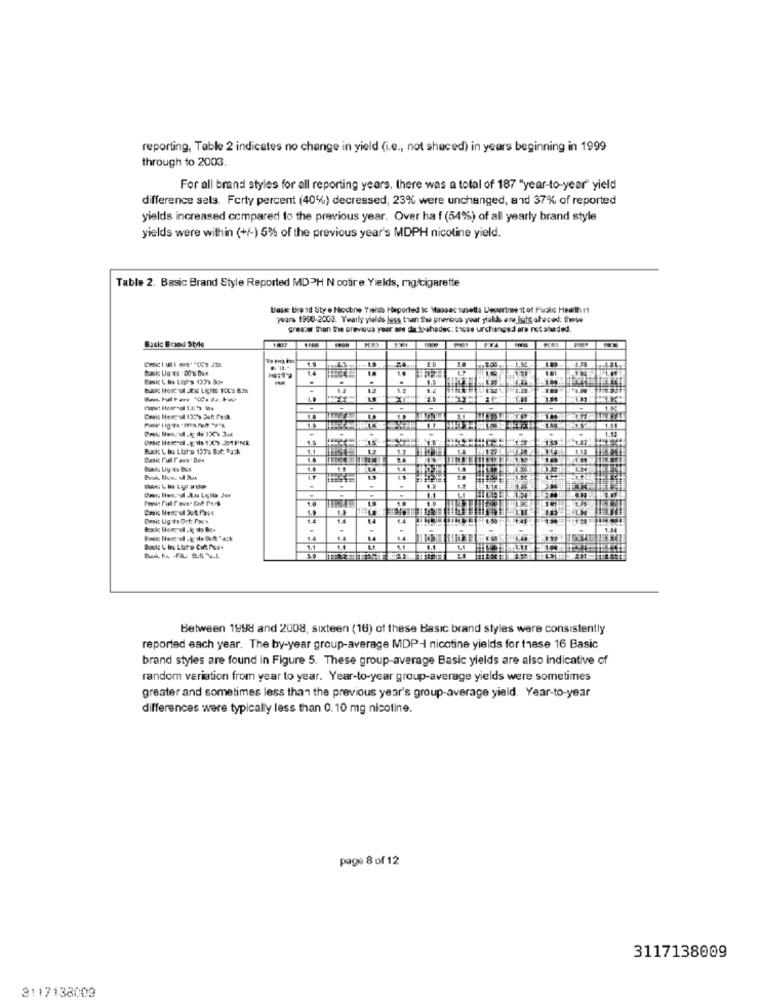
reporting, Table 2 indicates no change in yield (i.e ., not shaced) in years beginning in 1999
through to 2003.
For all brand styles for all reporting years, there was a total of 187 "year-to-year" yield
difference sela. Forty percent (40%) decreased, 23% were unchanged, and 37% of reported
yields increased compared to the previous year. Over ha f (54%) of all yearly brand style
yields were within (+/-) 5% of the previous year's MDPH nicotine yield.
Table 2. Basic Brand Style Reported MDPH N cotire Yields, mig/cigarette
Bask Brand Sty . Niccone Yields Heported to Massac sasett: Deperinee it of Public Health 11
years 1988-2003. Yearly yields less than the previous year yields are Ight-stecod: fww
greatw than the previous year are dla Spahadec: those unchanged are not shaded.
Basic Brand Style
1.4
-
14
Back L in Lots 137's Spr; Rack
11
Basic Full Fave Dew
4.1
Between 1998 and 2008, sixteen (16) of these Basic brand styles were consistently
reported each year. The by-year group-average MDP-I nicotine yields for these 16 Basic
brand styles are found in Figure 5. These group-average Basic yields are also indicative of
random variation from year to year. Year-to-year group-average yields were sometimes
greater and sometimes less than the previous year's group-average yield. Year-to-year
differences were typically less than 0.10 mg nicotine.
page 8 of 12
3117138009
3117138003